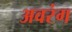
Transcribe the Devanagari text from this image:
अवरंग